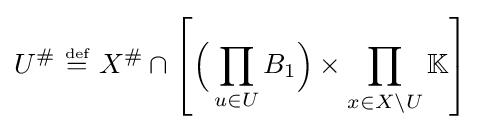
U^{\#}~{\stackrel {\scriptscriptstyle {\text{def}}}{=}}~X^{\#}\cap \left[{\Big (}\prod _{u\in U}B_{1}{\Big )}\times \prod _{x\in X\setminus U}\mathbb {K} \right]